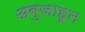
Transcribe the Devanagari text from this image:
अबुजाहून